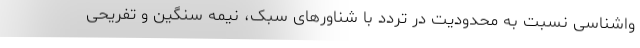
واشناسی نسبت به محدودیت در تردد با شناورهای سبک، نیمه سنگین و تفریحی